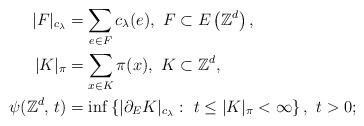
LaTeX: \begin{align*} |F|_{c_\lambda} &= \sum\limits_{e\in F}c_\lambda(e),\ F\subset E\left(\mathbb{Z}^d\right), \\ |K|_\pi &= \sum\limits_{x\in K} \pi(x), \ K\subset\mathbb{Z}^d, \\ \psi (\mathbb{Z}^d,\, t) &= \inf\left\{ |\partial_E K|_{c_\lambda}:\ t\leq\vert K\vert_\pi<\infty\right\},\ t>0;\end{align*}